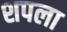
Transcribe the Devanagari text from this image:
शपला